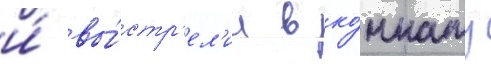
и́ вы́стр'ел'ил в ко́мнату